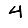
Digit: 4